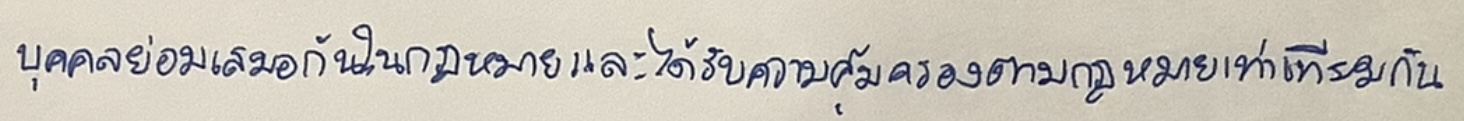
บุคคลย่อมเสมอกันในกฎหมายและได้รับความคุ้มครองตามกฎหมายเท่าเทียมกัน